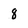
Character: 8